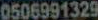
0506991329